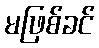
မဖြစ်ခင်